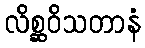
လိစ္ဆဝိသတာနံ